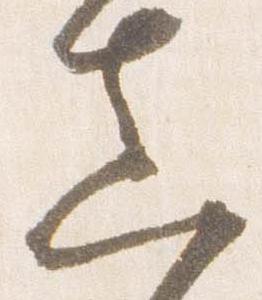
真